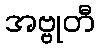
အဗ္ဗုတီ